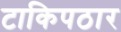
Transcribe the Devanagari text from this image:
टाकिपठार